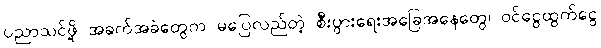
ပညာသင်ဖို့ အခက်အခဲတွေက မပြေလည်တဲ့ စီးပွားရေးအခြေအနေတွေ၊ ဝင်ငွေထွက်ငွေ